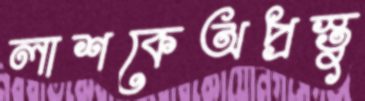
লাশকেঅপ্রস্তু